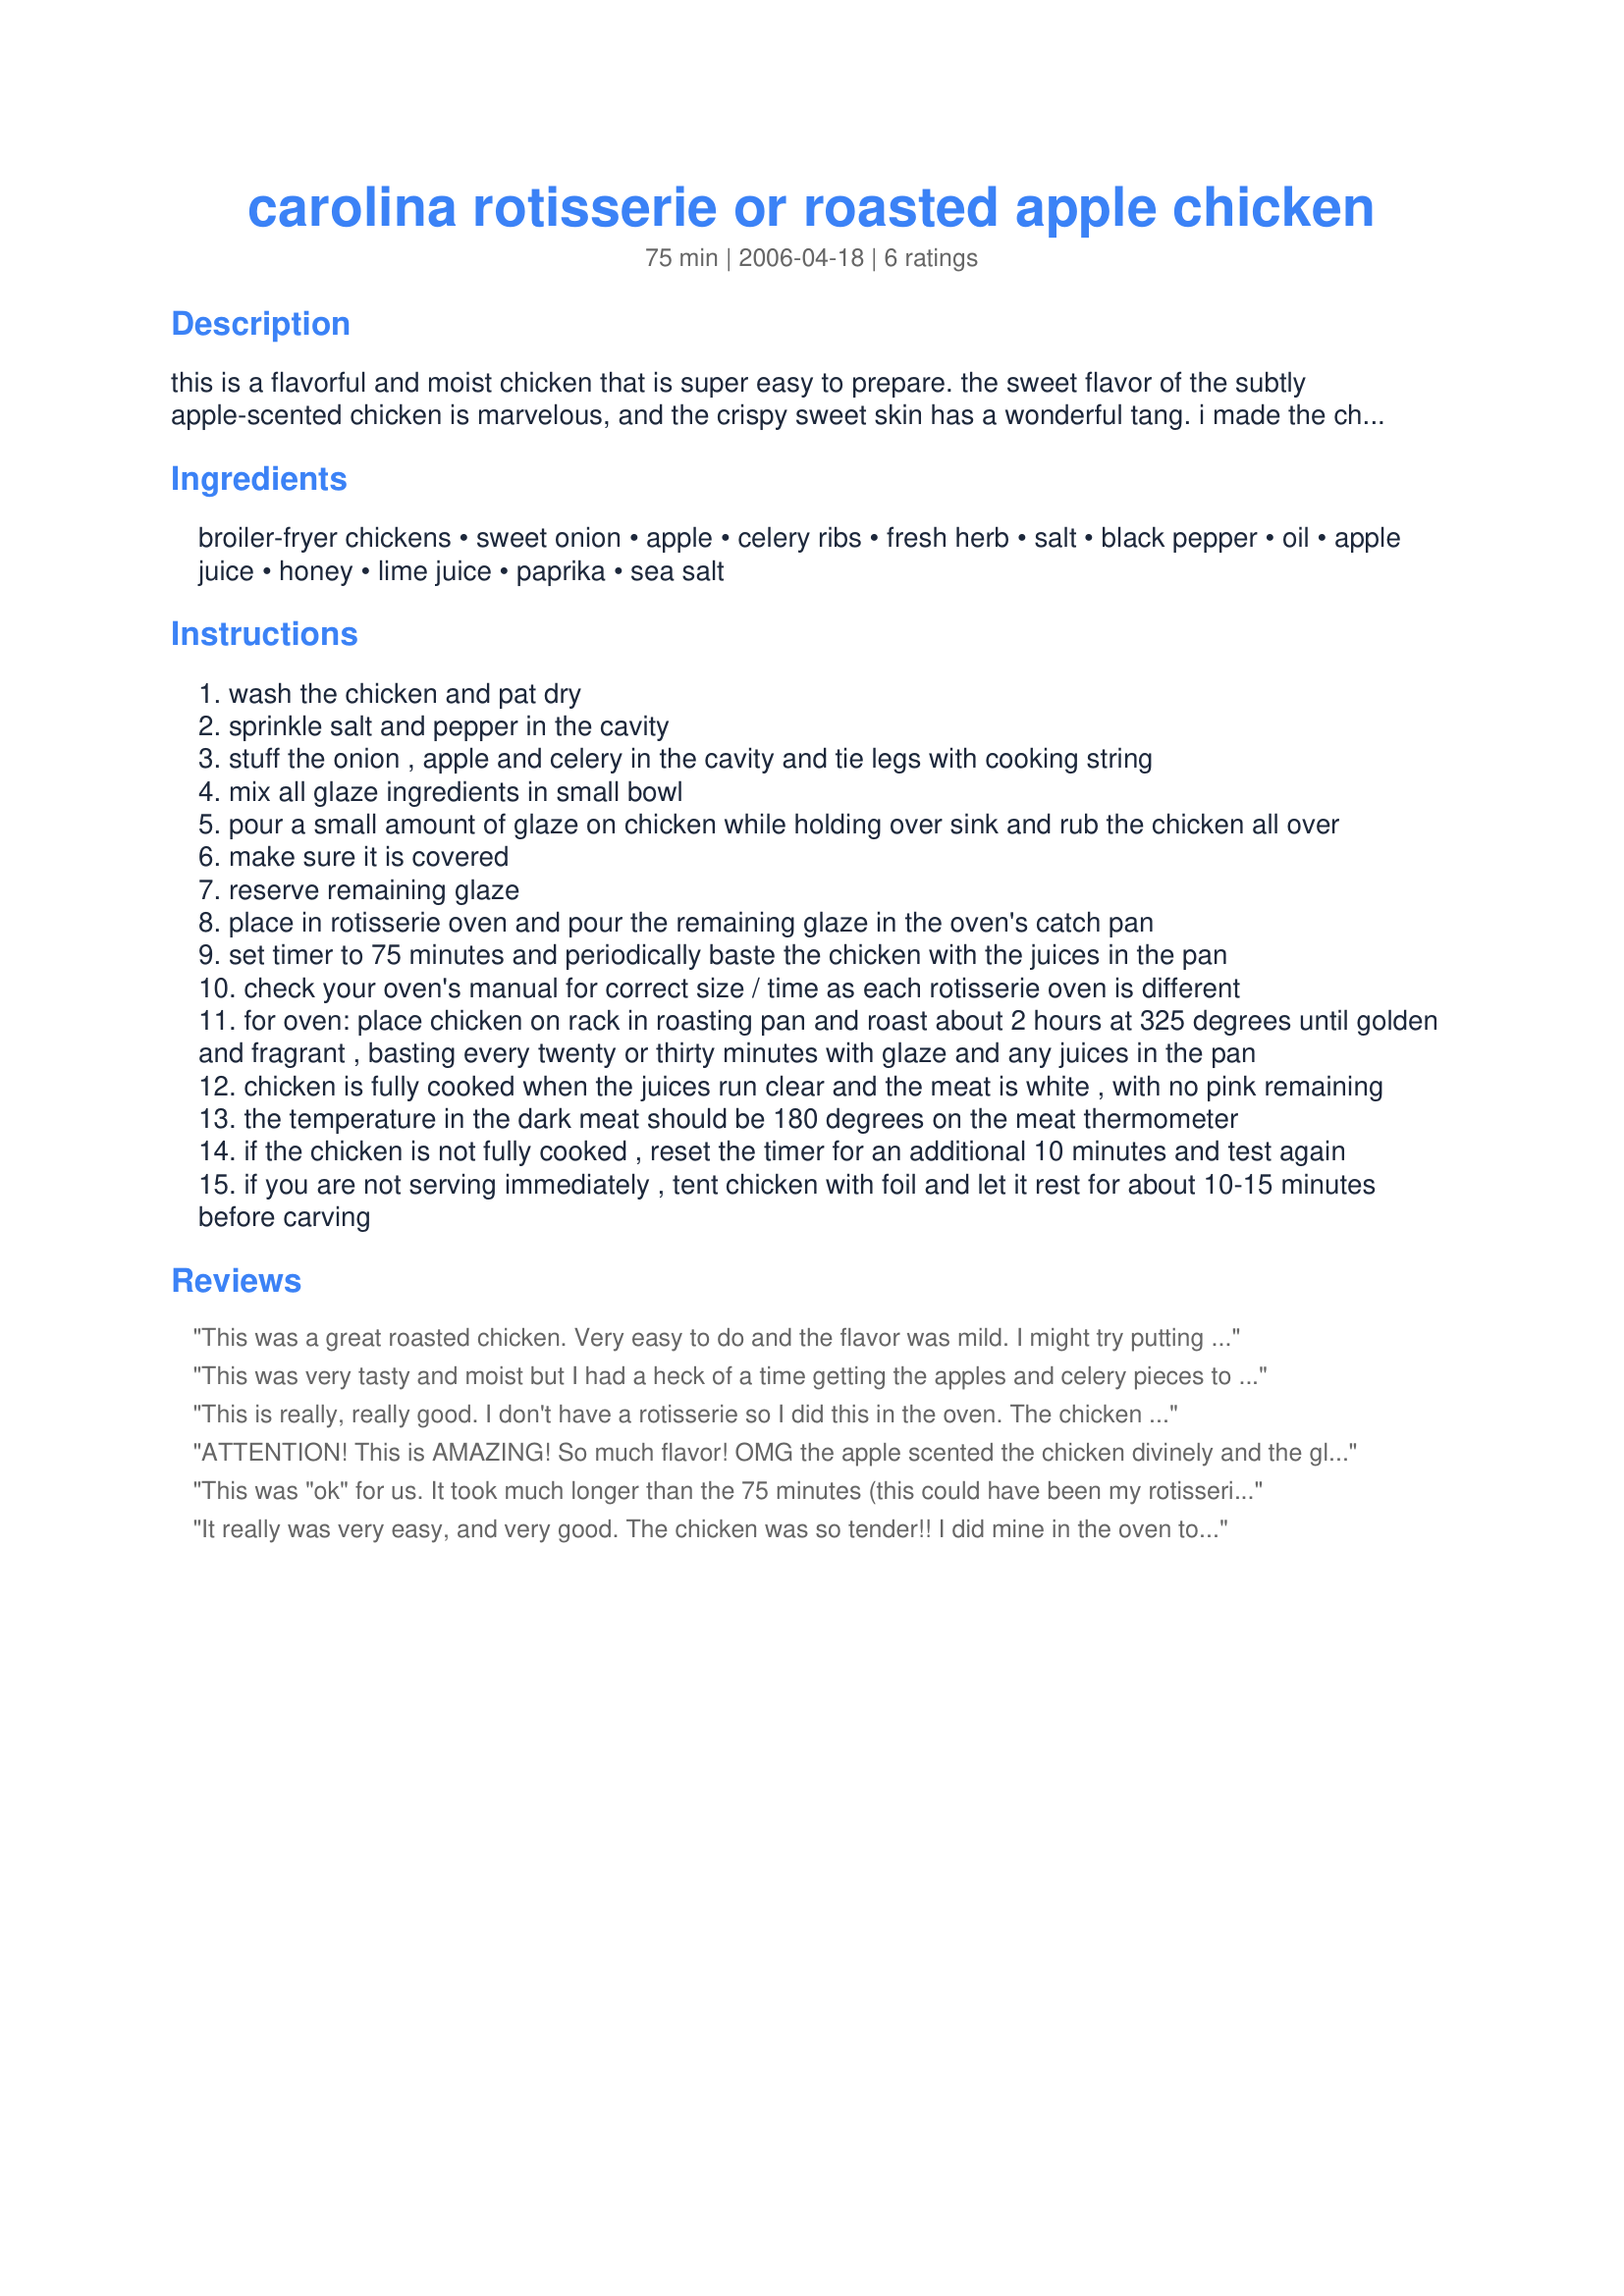
carolina rotisserie or roasted apple chicken
Preparation time: 75 minutes

this is a flavorful and moist chicken that is super easy to prepare. the sweet flavor of the subtly apple-scented chicken is marvelous, and the crispy sweet skin has a wonderful tang. i made the chicken in a rotisserie oven but it can easily be made in a shallow roasting pan in the oven. if you are using a larger roasting chicken, adjust the oven time per pound.

Ingredients:
broiler-fryer chickens, sweet onion, apple, celery ribs, fresh herb, salt, black pepper, oil, apple juice, honey, lime juice, paprika, sea salt

Steps:
wash the chicken and pat dry
sprinkle salt and pepper in the cavity
stuff the onion , apple and celery in the cavity and tie legs with cooking string
mix all glaze ingredients in small bowl
pour a small amount of glaze on chicken while holding over sink and rub the chicken all over
make sure it is covered
reserve remaining glaze
place in rotisserie oven and pour the remaining glaze in the oven's catch pan
set timer to 75 minutes and periodically baste the chicken with the juices in the pan
check your oven's manual for correct size / time as each rotisserie oven is different
for oven: place chicken on rack in roasting pan and roast about 2 hours at 325 degrees until golden and fragrant , basting every twenty or thirty minutes with glaze and any juices in the pan
chicken is fully cooked when the juices run clear and the meat is white , with no pink remaining
the temperature in the dark meat should be 180 degrees on the meat thermometer
if the chicken is not fully cooked , reset the timer for an additional 10 minutes and test again
if you are not serving immediately , tent chicken with foil and let it rest for about 10-15 minutes before carving

Reviews:
This was a great roasted chicken. Very easy to do and the flavor was mild. I might try putting some fresh sage inside the cavity next time; I think that would blend well with the apple, honey, onion, celery flavors. I would have posted my picture but who could compete with the artistic work of ncmysteryshopper? From one NC gal to another.....thanks!
This was very tasty and moist but I had a heck of a time getting the apples and celery pieces to stay inside the bird! I ended up sticking wooden skewers all over the place to keep everything in. Overall, a very nice flavor.
This is really, really good. I don't have a rotisserie so I did this in the oven. The chicken roasted beautifully, the flavor was wonderful and the smell! For fresh herbs I used thyme and rosemary.
ATTENTION! This is AMAZING! So much flavor! OMG the apple scented the chicken divinely and the glaze was shear heaven! DH said he could eat chicken every night if it was this good! The herbs I used were thyme and parlsey. Made this in my indoor rotisserie and it came out with such moist meat and a crispy to die for skin! Thanks eternally NcM!
This was "ok" for us. It took much longer than the 75 minutes (this could have been my rotisserie) and after 2 hours the outside was pretty burned looking but the inside was not done. I stuck it in the oven to finish it. After all that it was just not very flavorful to us. The kids had to dunk it in barbeque sauce for them to even eat it. I wish I could give it a higher review since I had high hopes for this. It sounded soo good.
It really was very easy, and very good. The chicken was so tender!! I did mine in the oven too, and left it uncovered the first half and put tin foil on it for the second half and it was perfect!
